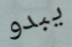
يبدو